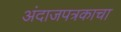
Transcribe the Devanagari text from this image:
अंदाजपत्रकाचा